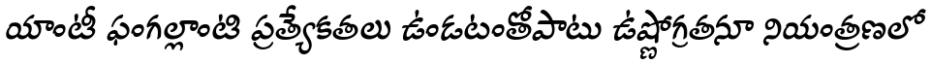
యాంటీ ఫంగల్లాంటి ప్రత్యేకతలు ఉండటంతోపాటు ఉష్ణోగ్రతనూ నియంత్రణలో